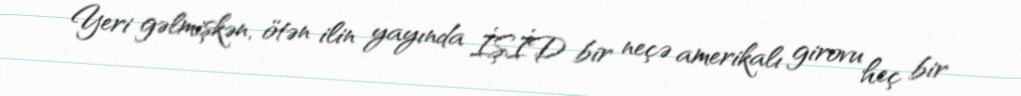
Yeri gəlmişkən, ötən ilin yayında İŞİD bir neçə amerikalı girovu heç bir